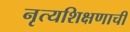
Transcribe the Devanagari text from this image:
नृत्यशिक्षणाची